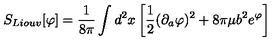
S _ { L i o u v } [ \varphi ] = { \frac { 1 } { 8 \pi } } \int d ^ { 2 } x \left[ { \frac { 1 } { 2 } } ( \partial _ { a } \varphi ) ^ { 2 } + 8 \pi \mu b ^ { 2 } e ^ { \varphi } \right]